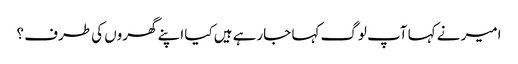
امیر نے کہا آپ لوگ کہا جارہے ہیں کیا اپنے گھروں کی طرف ؟